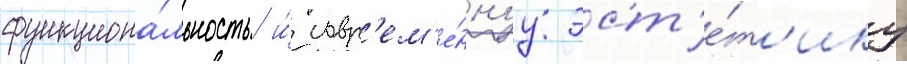
функциона́льность и́ совр'ем'е́ннуу эст'е́т'ику